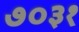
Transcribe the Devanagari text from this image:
७०३१